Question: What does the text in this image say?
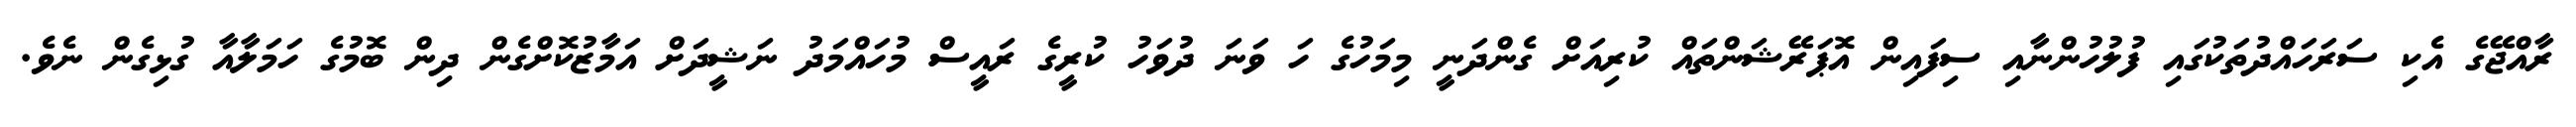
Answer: ރާއްޖޭގެ އެކި ސަރަހައްދުތަކުގައި ފުލުހުންނާއި ސިފައިން އޮޕަރޭޝަންތައް ކުރިއަށް ގެންދަނީ މިމަހުގެ ހަ ވަނަ ދުވަހު ކުރީގެ ރައީސް މުހައްމަދު ނަޝީދަށް އަމާޒުކޮށްގެން ދިން ބޮމުގެ ހަމަލާއާ ގުޅިގެން ނެވެ.